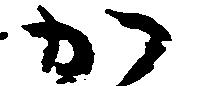
か